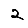
Digit: 2